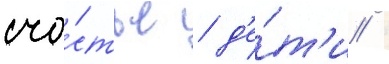
сча́стье / д'е́т'и /